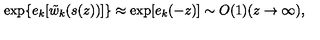
\exp \{ e _ { k } [ \tilde { w } _ { k } ( s ( z ) ) ] \} \approx \exp [ e _ { k } ( - z ) ] \sim O ( 1 ) ( z \rightarrow \infty ) ,